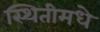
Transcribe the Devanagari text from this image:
स्थितीमधे